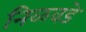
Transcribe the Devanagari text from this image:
निळवडे